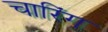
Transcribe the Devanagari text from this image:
चारिंग